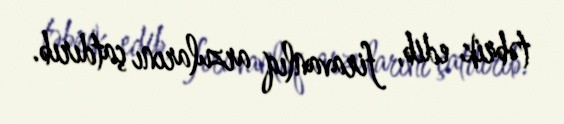
təbrik edib, firavanlıq arzularını çatdırıb.